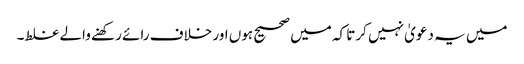
میں یہ دعویٰ نہیں کرتا کہ میں صحیح ہوں اور خلاف رائے رکھنے والے غلط۔